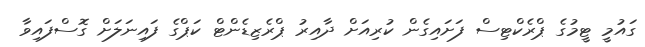
ގައުމީ ޓީމުގެ ޕްރެކްޓިސް ފަށައިގެން ކުރިއަށް ދާއިރު ޕްރެޒިޑެންޓް ކަޕްގެ ފައިނަލަށް ގޮސްފައިވާ